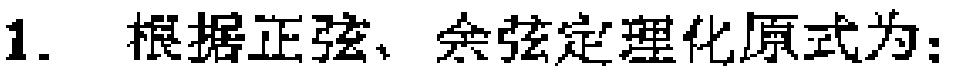
1. 根据正弦、余弦定理化原式为：